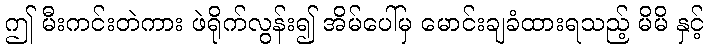
ဤ မီးကင်းတဲကား ဖဲရိုက်လွန်း၍ အိမ်ပေါ်မှ မောင်းချခံထားရသည့် မိမိ နှင့်